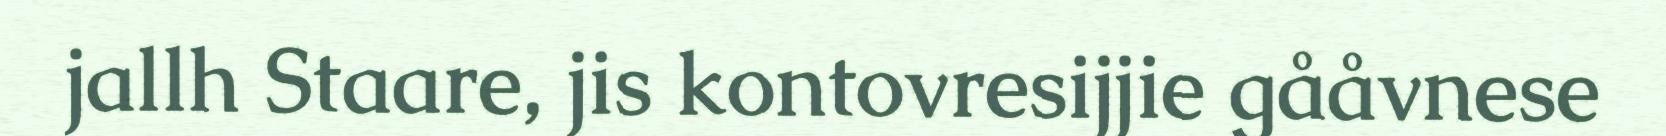
jallh Staare, jis kontovresijjie gååvnese